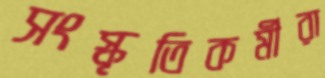
সংস্কৃতিকর্মীরা